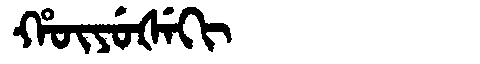
Manchu: ᡥᡡᠶᡠᡧᡝᡴᡳ
Romanization: HŪYUŠEKI